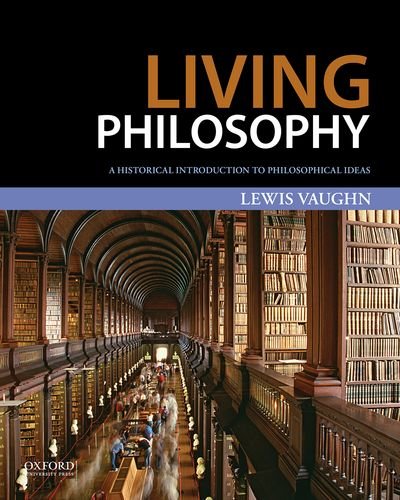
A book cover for Living Philosophy: A Historical Introduction to Philosophical Ideas; Lewis Vaughn; Politics & Social Sciences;